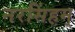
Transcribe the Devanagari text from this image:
नरसिंहम्